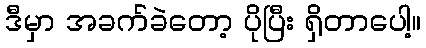
ဒီမှာ အခက်ခဲတော့ ပိုပြီး ရှိတာပေါ့။